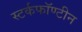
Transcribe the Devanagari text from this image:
स्टर्कफॉण्टीन